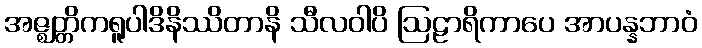
အဇ္ဈတ္တိကရူပါဒိနိဿိတာနိ သီလဝါပိ ဩဠာရိကာပေ အာပန္နဘာဝံ